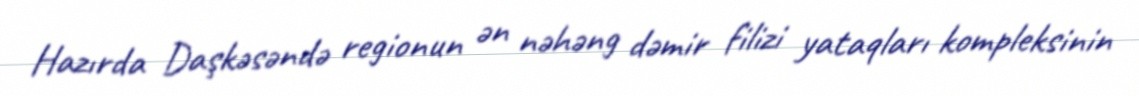
Hazırda Daşkəsəndə regionun ən nəhəng dəmir filizi yataqları kompleksinin